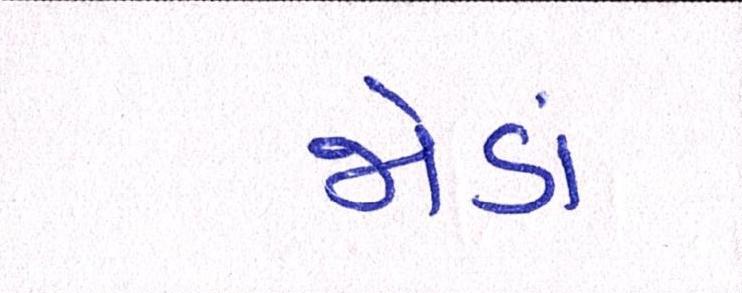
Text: જોડાં